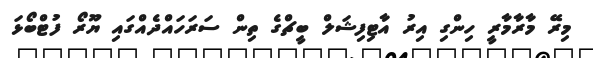
މިރޭ މާރާމާރީ ހިންގި އިރު އާޓިފިޝަލް ބީޗްގެ ތިން ސަރަހައްދެއްގައި ޔޫރޯ ފުޓްބޯޅަ